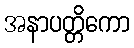
အနာပတ္တိကော